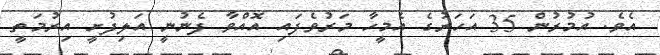
އެވެ. އުމުރުން 35 އަހަރުގެ އެމީހާ މަރުވެފައި އޮއްވާ ފެނުނީ އަލިފުށީ އިރުމަތީ